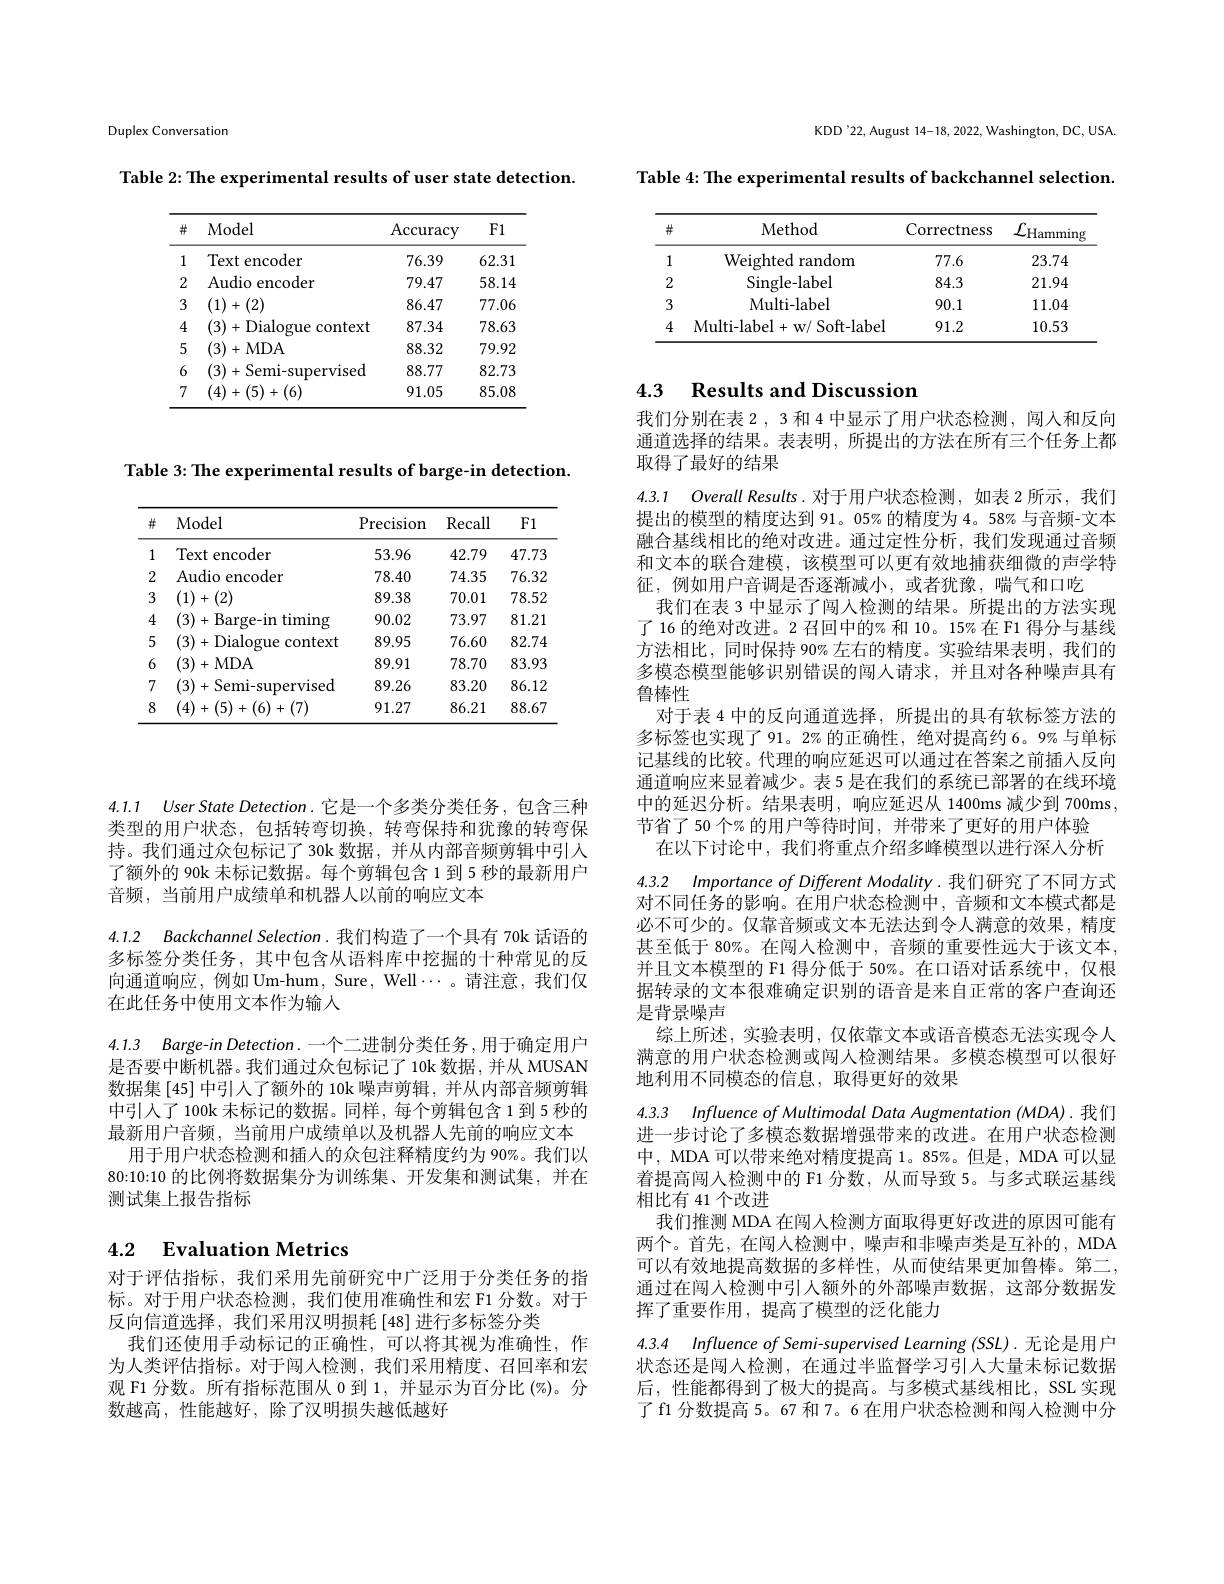
Duplex Conversation

Table 2: The experimental results of user state detection.

<table>
	<tbody>
		<tr>
			<th>井</th>
			<th>Model</th>
			<th>$\operatorname{Accuracy}$</th>
			<th>F1</th>
		</tr>
		<tr>
			<td>1</td>
			<td>Text encoder</td>
			<td>76.39</td>
			<td>62.31</td>
		</tr>
		<tr>
			<td>2</td>
			<td>Audio encoder</td>
			<td>79.47</td>
			<td>58.14</td>
		</tr>
		<tr>
			<td>3</td>
			<td>(1)+(2)</td>
			<td>86.47</td>
			<td>77.06</td>
		</tr>
		<tr>
			<td>4</td>
			<td>(3)+Dialogue context</td>
			<td>87.34</td>
			<td>78.63</td>
		</tr>
		<tr>
			<td>5</td>
			<td>(3)+MDA</td>
			<td>88.32</td>
			<td>79.92</td>
		</tr>
		<tr>
			<td>6</td>
			<td>(3)+Semi-supervised</td>
			<td>88.77</td>
			<td>82.73</td>
		</tr>
		<tr>
			<td>7</td>
			<td>(4)+(5)+(6)</td>
			<td>91.05</td>
			<td>85.08</td>
		</tr>
	</tbody>
</table>

Table 3: The experimental results of barge-in detection.

<table>
	<tbody>
		<tr>
			<th>井</th>
			<th>Model</th>
			<th>Precision</th>
			<th>Recall</th>
			<th>F1</th>
		</tr>
		<tr>
			<td>1</td>
			<td>Text encoder</td>
			<td>53.96</td>
			<td>42.79</td>
			<td>47.73</td>
		</tr>
		<tr>
			<td>2</td>
			<td>Audio encoder</td>
			<td>78.40</td>
			<td>74.35</td>
			<td>76.32</td>
		</tr>
		<tr>
			<td>3</td>
			<td>(1)+(2)</td>
			<td>89.38</td>
			<td>70.01</td>
			<td>78.52</td>
		</tr>
		<tr>
			<td>4</td>
			<td>(3)+Barge-in timing</td>
			<td>90.02</td>
			<td>73.97</td>
			<td>81.21</td>
		</tr>
		<tr>
			<td>5</td>
			<td>(3)+Dialogue context</td>
			<td>89.95</td>
			<td>76.60</td>
			<td>82.74</td>
		</tr>
		<tr>
			<td>6</td>
			<td>(3)+MDA</td>
			<td>89.91</td>
			<td>78.70</td>
			<td>83.93</td>
		</tr>
		<tr>
			<td>7</td>
			<td>(3)+Semi-supervised</td>
			<td>89.26</td>
			<td>83.20</td>
			<td>86.12</td>
		</tr>
		<tr>
			<td>8</td>
			<td>(4)+(5)+(6)+(7)</td>
			<td>91.27</td>
			<td>86.21</td>
			<td>88.67</td>
		</tr>
	</tbody>
</table>

4.1.1 $UserStateDetection.$它是一个多类分类任务，包含三种类型的用户状态，包括转弯切换，转弯保持和犹豫的转弯保

持。我们通过众包标记了 30k 数据，并从内部音频剪辑中引入了额外的 90k 未标记数据。每个剪辑包含 1 到 5 秒的最新用户音频，当前用户成绩单和机器人以前的响应文本

4.1.2 Backchannel Selection.我们构造了一个具有 70k 话语的

多标签分类任务，其中包含从语料库中挖掘的十种常见的反向通道响应，例如 Um-hum, Sure, Well$\cdots$。请注意，我们仅在此任务中使用文本作为输人

4.1.3 Barge-in Detection.一个二进制分类任务，用于确定用户是否要中断机器。我们通过众包标记了10k 数据，并从 MUSAN 数据集[45]中引人了额外的 10k 噪声剪辑，并从内部音频剪辑中引入了 100k 未标记的数据。同样，每个剪辑包含 1 到 5 秒的最新用户音频，当前用户成绩单以及机器人先前的响应文本
用于用户状态检测和插人的众包注释精度约为 90%。我们以80:10:10 的比例将数据集分为训练集、开发集和测试集，并在测试集上报告指标

# 4.2 Evaluation Metrics

对于评估指标，我们采用先前研究中广泛用于分类任务的指标。对于用户状态检测，我们使用准确性和宏 F1 分数。对于反向信道选择，我们采用汉明损耗[48]进行多标签分类
我们还使用手动标记的正确性，可以将其视为准确性，作为人类评估指标。对于闯人检测，我们采用精度、召回率和宏观 F1 分数。所有指标范围从 0 到1，并显示为百分比 (%)。分数越高，性能越好，除了汉明损失越低越好

KDD'22, August 14-18, 2022, Washington, DC, USA

Table 4: The experimental results of backchannel selection.

<table>
	<tbody>
		<tr>
			<th>井</th>
			<th>Method</th>
			<th>Correctness</th>
			<th>$\mathcal{L}_{\mathrm{Hamming}}$</th>
		</tr>
		<tr>
			<td>1</td>
			<td>Weighted random</td>
			<td>77.6</td>
			<td>23.74</td>
		</tr>
		<tr>
			<td>2</td>
			<td>Single- label</td>
			<td>84.3</td>
			<td>21.94</td>
		</tr>
		<tr>
			<td>3</td>
			<td>Multi- label</td>
			<td>90.1</td>
			<td>11.04</td>
		</tr>
		<tr>
			<td>4</td>
			<td>Multi- label+ w/ Soft- label</td>
			<td>91.2</td>
			<td>10.53</td>
		</tr>
	</tbody>
</table>

# 4.3 Results and Discussion

我们分别在表 2 , 3 和 4 中显示了用户状态检测，闯人和反向通道选择的结果。表表明，所提出的方法在所有三个任务上都取得了最好的结果

4.3.1 Overall Results.对于用户状态检测，如表 2 所示，我们提出的模型的精度达到 91。05% 的精度为 4。58% 与音频-文本融合基线相比的绝对改进。通过定性分析，我们发现通过音频和文本的联合建模，该模型可以更有效地捕获细微的声学特征，例如用户音调是否逐渐减小，或者犹豫，喘气和口吃
我们在表 3 中显示了闯人检测的结果。所提出的方法实现了 16 的绝对改进。2 召回中的% 和 10。15% 在 F1 得分与基线方法相比，同时保持 90% 左右的精度。实验结果表明，我们的多模态模型能够识别错误的闯人请求，并且对各种噪声具有鲁棒性
对于表 4 中的反向通道选择，所提出的具有软标签方法的多标签也实现了 91。2% 的正确性，绝对提高约 6。9% 与单标记基线的比较。代理的响应延迟可以通过在答案之前插人反向通道响应来显着减少。表 5 是在我们的系统已部署的在线环境中的延迟分析。结果表明，响应延迟从 1400ms 减少到 700ms, 节省了 50 个% 的用户等待时间，并带来了更好的用户体验
在以下讨论中，我们将重点介绍多峰模型以进行深人分析4.3.2 Importanceof Different Modality.我们研究了不同方式对不同任务的影响。在用户状态检测中，音频和文本模式都是必不可少的。仅靠音频或文本无法达到令人满意的效果，精度甚至低于 80%。在闯人检测中，音频的重要性远大于该文本并且文本模型的 F1 得分低于 50%。在口语对话系统中，仅根据转录的文本很难确定识别的语音是来自正常的客户查询还是背景噪声
综上所述，实验表明，仅依靠文本或语音模态无法实现令人满意的用户状态检测或闯人检测结果。多模态模型可以很好地利用不同模态的信息，取得更好的效果

4.3.3 Influence of Multimodal Data Augmentation (MDA).我们进一步讨论了多模态数据增强带来的改进。在用户状态检测中，MDA 可以带来绝对精度提高 1。85%。但是，MDA 可以显着提高闯人检测中的 F1 分数，从而导致 5。与多式联运基线相比有 41 个改进
我们推测 MDA 在闯人检测方面取得更好改进的原因可能有两个。首先，在闯人检测中，噪声和非噪声类是互补的，MDA 可以有效地提高数据的多样性，从而使结果更加鲁棒。第二通过在闯人检测中引人额外的外部噪声数据，这部分数据发挥了重要作用，提高了模型的泛化能力
4.3.4 Influence of Semi-supervised Learning (SSL).无论是用户

状态还是闯人检测，在通过半监督学习引人大量未标记数据后，性能都得到了极大的提高。与多模式基线相比，SSL 实现了f1 分数提高 5。67 和 7。6 在用户状态检测和闯入检测中分